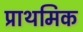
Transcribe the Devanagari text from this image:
प्राथमिक